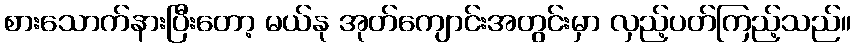
စားသောက်နားပြီးတော့ မယ်နု အုတ်ကျောင်းအတွင်းမှာ လှည့်ပတ်ကြည့်သည်။